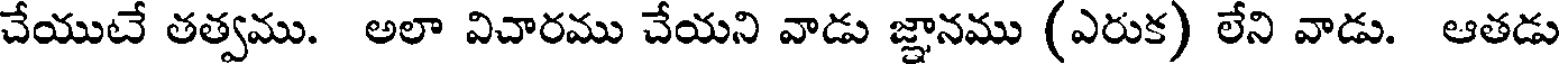
చేయుటే తత్వము. అలా విచారము చేయని వాడు జ్ఞానము (ఎరుక) లేని వాడు. ఆతడు